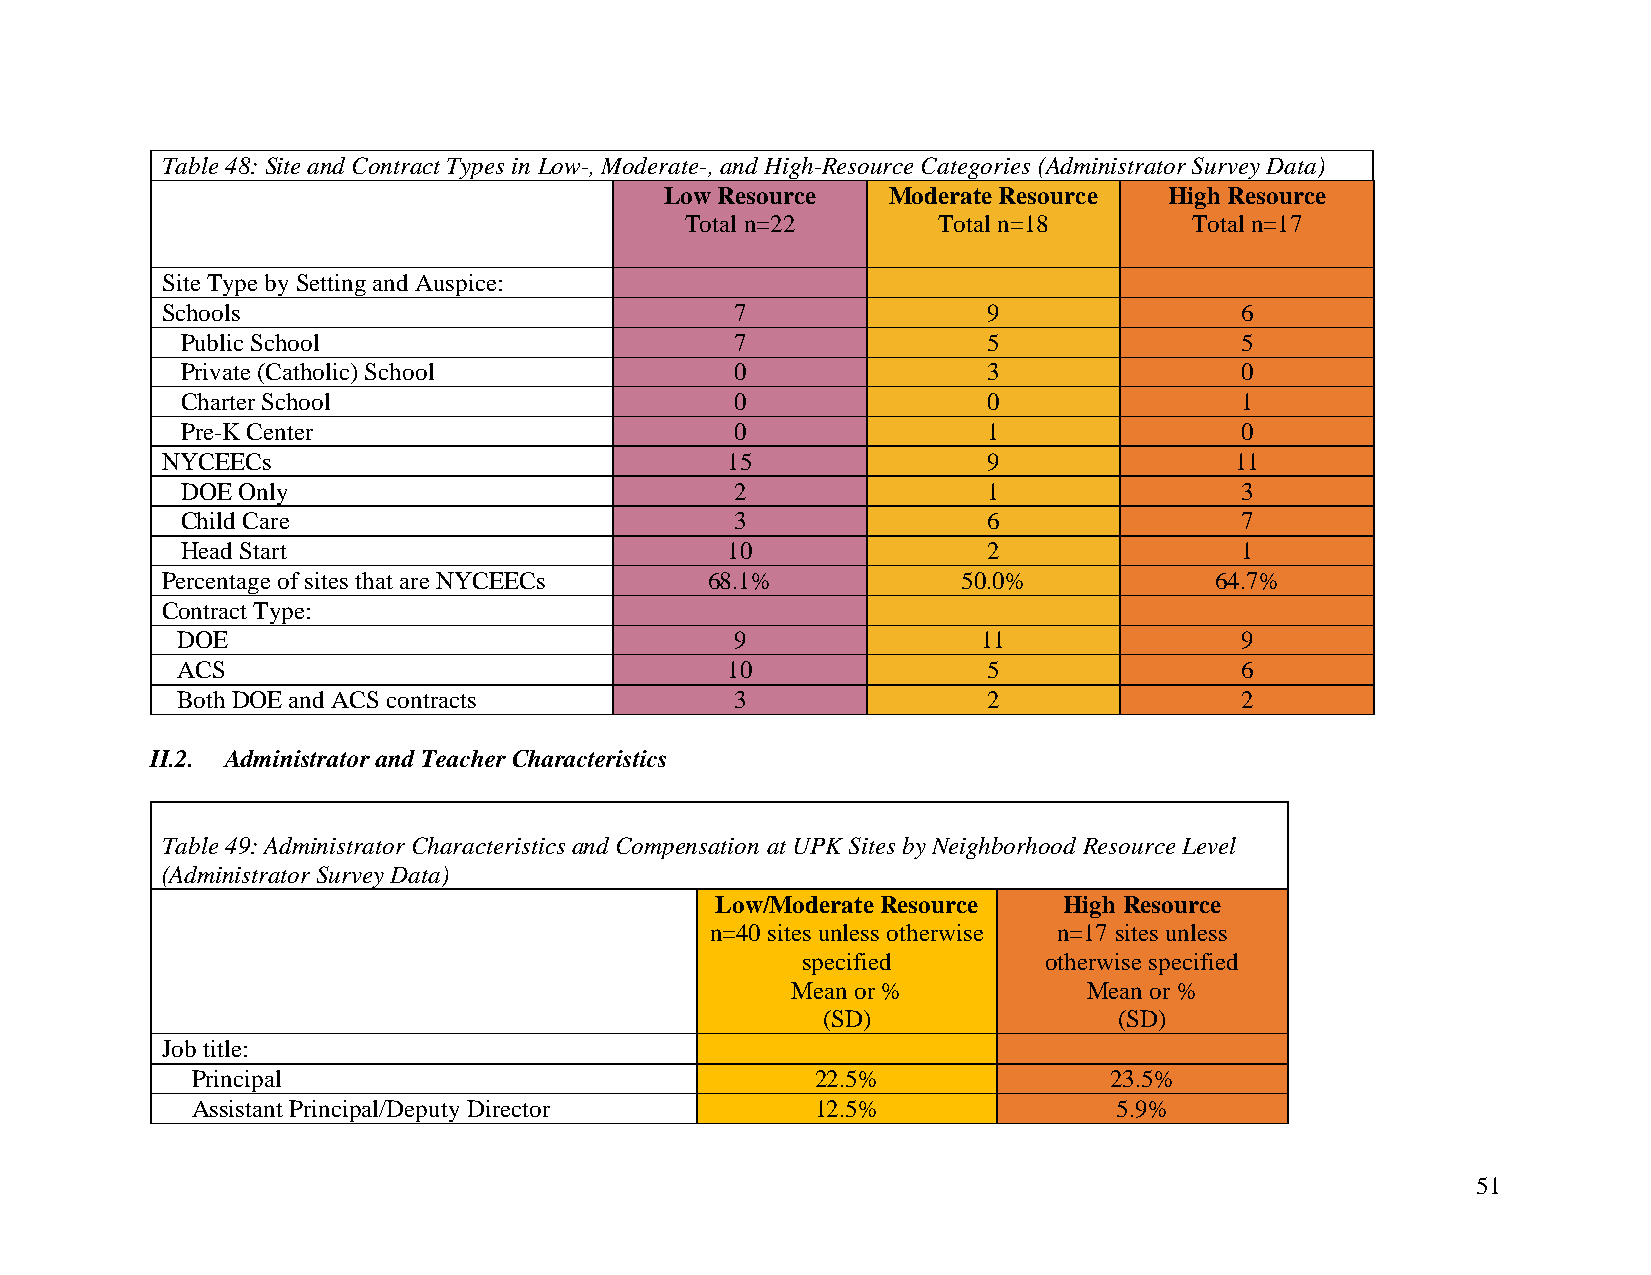
Table 48: Site and Contract Types in Low-, Moderate-, and High-Resource Categories (Administrator Survey Data)
 Low Resource   Moderate Resource High Resource
 Total n=22       Total n=18       Total n=17
 Site Type by Setting and Auspice:
 Schools                               7               9                6
 Public School                        7               5                5
 Private (Catholic) School            0               3                0
 Charter School                       0               0                1
 Pre-K Center                         0               1                0
 NYCEECs                              15               9                11
 DOE Only                             2               1                3
 Child Care                           3               6                7
 Head Start                          10               2                1
 Percentage of sites that are NYCEECs 68.1%           50.0%           64.7%
 Contract Type:
 DOE                                  9               11               9
 ACS                                 10               5                6
 Both DOE and ACS contracts           3               2                2
 II.2. Administrator and Teacher Characteristics
 Table 49: Administrator Characteristics and Compensation at UPK Sites by Neighborhood Resource Level
 (Administrator Survey Data)
 Low/Moderate Resource  High Resource
 n=40 sites unless otherwise n=17 sites unless
 specified       otherwise specified
 Mean or %           Mean or %
 (SD)                (SD)
 Job title:
 Principal                                22.5%              23.5%
 Assistant Principal/Deputy Director      12.5%               5.9%
 51